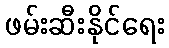
ဖမ်းဆီးနိုင်ရေး